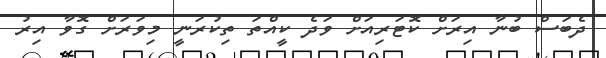
ދެބަސް ބުނާ އިރަށް ކޮޓަރިއަށް ވަދެ ކީއްތަ ތިކުރަނީ މިވަރަށް ގޮވާ އިރު